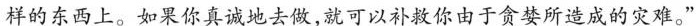
样的东西上。如果你真诚地去做，就可以补救你由于贪婪所造成的灾难。”